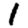
Digit: 1